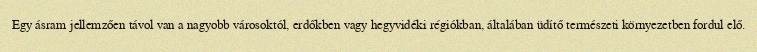
Egy ásram jellemzően távol van a nagyobb városoktól, erdőkben vagy hegyvidéki régiókban, általában üdítő természeti környezetben fordul elő.